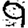
Digit: 9